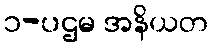
၁-ပဌမ အနိယတ